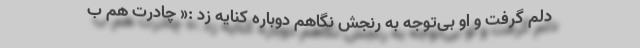
دلم گرفت و او بی‌توجه به رنجش نگاهم دوباره کنایه زد :« چادرت هم ب